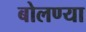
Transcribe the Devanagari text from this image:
बोलण्या